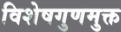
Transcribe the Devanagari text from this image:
विशेषगुणमुक्त